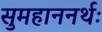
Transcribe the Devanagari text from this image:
सुमहाननर्थः